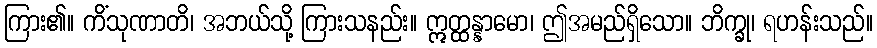
ကြား၏။ ကိံသုဏာတိ၊ အဘယ်သို့ ကြားသနည်း။ ဣတ္ထန္နာမော၊ ဤအမည်ရှိသော။ ဘိက္ခု၊ ရဟန်းသည်။